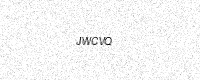
Text: JWCVQ